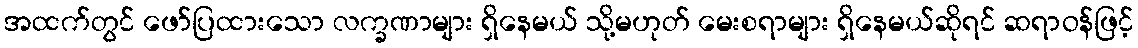
အထက်တွင် ဖော်ပြထားသော လက္ခဏာများ ရှိနေမယ် သို့မဟုတ် မေးစရာများ ရှိနေမယ်ဆိုရင် ဆရာဝန်ဖြင့်